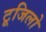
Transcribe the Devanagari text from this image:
टूजिलो